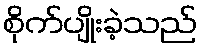
စိုက်ပျိုးခဲ့သည်